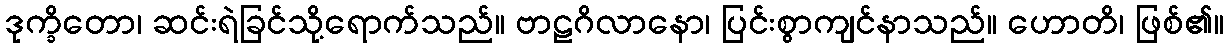
ဒုက္ခိတော၊ ဆင်းရဲခြင်သို့ရောက်သည်။ ဗာဠဂိလာနော၊ ပြင်းစွာကျင်နာသည်။ ဟောတိ၊ ဖြစ်၏။